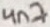
Text: 4n7